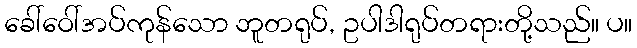
ခေါ်ဝေါ်အပ်ကုန်သော ဘူတရုပ်, ဥပါဒါရုပ်တရားတို့သည်။ ပ။